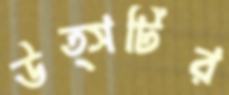
উত্সটির